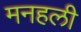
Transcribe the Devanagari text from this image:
मनहली